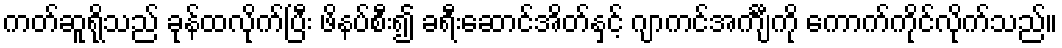
ကတ်ဆူရိုသည် ခုန်ထလိုက်ပြီး ဖိနပ်စီး၍ ခရီးဆောင်အိတ်နှင့် ဂျာကင်အင်္ကျီကို ကောက်ကိုင်လိုက်သည်။